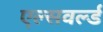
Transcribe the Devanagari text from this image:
एल्सवर्ल्ड